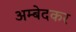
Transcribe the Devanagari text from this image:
अम्बेदकर